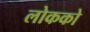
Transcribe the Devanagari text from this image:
लोकको